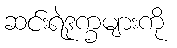
ဆင်းရဲဒုက္ခများကို